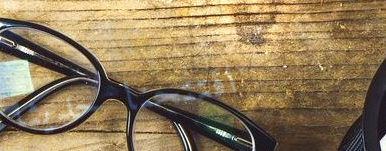
افتتحنا حديثاً